Supplement to the account of plague administration in the Bombay Presidency from September 1896 till May 1897
Year: 1896
Disease focus: Plague
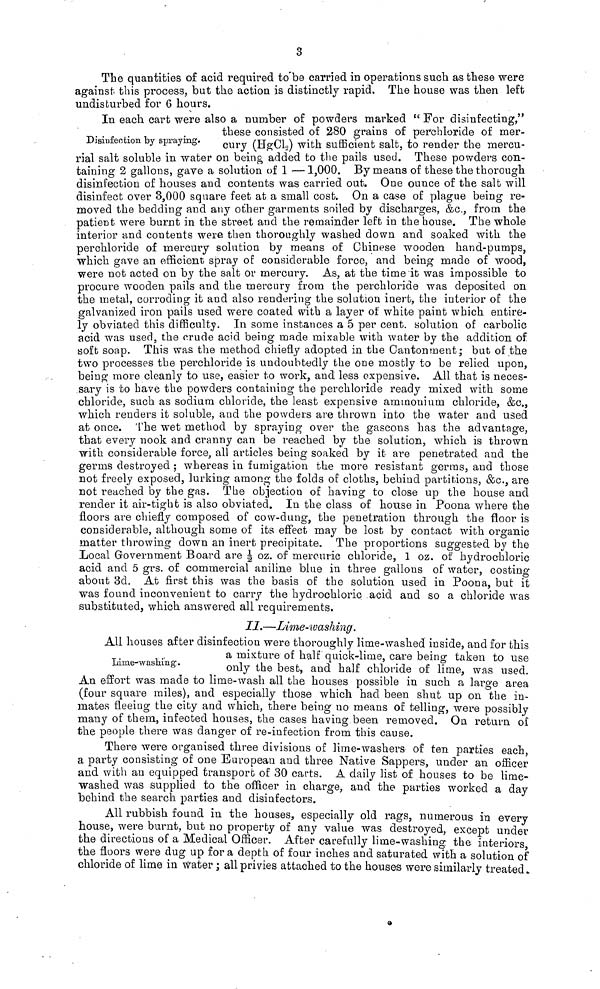
3
The quantities of acid required to be carried in operations such as these were
against this process, but the action is distinctly rapid. The house was then left
undisturbed for 6 hours.
In each cart were also a number of powders marked " For disinfecting,"
these consisted of 280 grains of perchloride of mer-
Disinfection by spraying. cury (HgCl 2 ) with sufficient salt, to render the mercu-
rial salt soluble in water on being added to the pails used. These powders con-
taining 2 gallons, gave a solution of 1 —1,000. By means of these the thorough
disinfection of houses and contents was carried out. One ounce of the salt will
disinfect over 3,000 square feet at a small cost. On a case of plague being re-
moved the bedding and any other garments soiled by discharges, &c., from the
patient were burnt in the street and the remainder left in the house. The whole
interior and contents were then thoroughly washed down and soaked with the
perchloride of mercury solution by means of Chinese wooden hand-pumps,
which gave an efficient spray of considerable force, and being made of wood,
were not acted on by the salt or mercury. As, at the time it was impossible to
procure wooden pails and the mercury from the perchloride was deposited on
the metal, corroding it and also rendering the solution inert, the interior of the
galvanized iron pails used were coated with a layer of white paint which entire-
ly obviated this difficulty. In some instances a 5 per cent. solution of carbolic
acid was used, the crude acid being made mixable with water by the addition of
soft soap. This was the method chiefly adopted in the Cantonment; but of the
two processes the perchloride is undoubtedly the one mostly to be relied upon,
being more cleanly to use, easier to work, and less expensive. All that is neces-
sary is to have the powders containing the perchloride ready mixed with some
chloride, such as sodium chloride, the least expensive ammonium chloride, &c.,
which renders it soluble, and the powders are thrown into the water and used
at once. The wet method by spraying over the gascons has the advantage,
that every nook and cranny can be reached by the solution, which is thrown
with considerable force, all articles being soaked by it are penetrated and the
germs destroyed ; whereas in fumigation the more resistant germs, and those
not freely exposed, lurking among the folds of cloths, behind partitions, &c., are
not reached by the gas. The objection of having to close up the house and
render it air-tight is also obviated. In the class of house in Poona where the
floors are chiefly composed of cow-dung, the penetration through the floor is
considerable, although some of its effect may be lost by contact with organic
matter throwing down an inert precipitate. The proportions suggested by the
Local Government Board are ½ oz. of mercuric chloride, 1 oz. of hydrochloric
acid and 5 grs. of commercial aniline blue in three gallons of water, costing
about 3d. At first this was the basis of the solution used in Poona, but it
was found inconvenient to carry the hydrochloric acid and so a chloride was
substituted, which answered all requirements.
II.—Lime-washing.
All houses after disinfection were thoroughly lime-washed inside, and for this
a mixture of half quick-lime, care being taken to use
Lime-washing. only the best, and half chloride of lime, was used.
An effort was made to lime-wash all the houses possible in such a large area
(four square miles), and especially those which had been shut up on the in-
mates fleeing the city and which, there being no means of telling, were possibly
many of them, infected houses, the cases having been removed. On return o£
the people there was danger of re-infection from this cause.
There were organised three divisions of lime-washers of ten parties each,
a party consisting of one European and three Native Sappers, under an officer
and with an equipped transport of 30 carts. A daily list of houses to be lime-
washed was supplied to the officer in charge, and the parties worked a day
behind the search parties and disinfectors.
All rubbish found in the houses, especially old rags, numerous in every
house, were burnt, but no property of any value was destroyed, except under
the directions of a Medical Officer. After carefully lime-washing the interiors
the floors were dug up for a depth of four inches and saturated with a solution of
chloride of lime in water ; all privies attached to the houses were similarly treated.